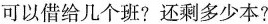
可以借给几个班?还剩多少本?